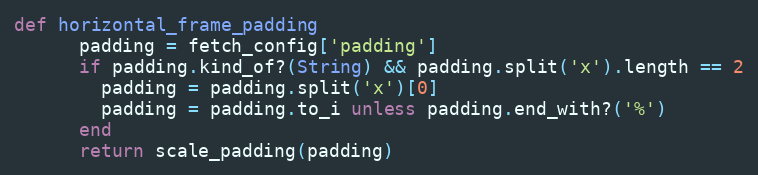
Language: Ruby
def horizontal_frame_padding
      padding = fetch_config['padding']
      if padding.kind_of?(String) && padding.split('x').length == 2
        padding = padding.split('x')[0]
        padding = padding.to_i unless padding.end_with?('%')
      end
      return scale_padding(padding)